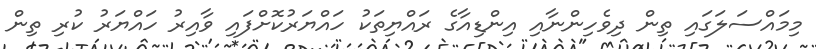
މިމައްސަލަގައި ތިން ދިވެހިންނާއި އިންޑިއާގެ ރައްޔިތަކު ހައްޔަރުކޮށްފައި ވާއިރު ހައްޔަރު ކުރި ތިން